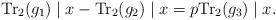
LaTeX: \begin{align*} \mathrm{Tr}_2(g_1)\mid x-\mathrm{Tr}_2(g_2)\mid x=p\mathrm{Tr}_2(g_3)\mid x. \end{align*}